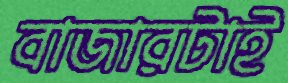
বাজারটাই